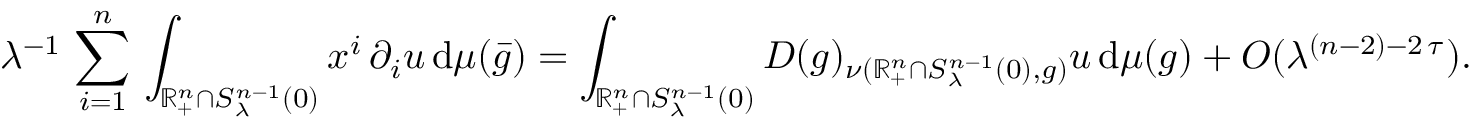
\lambda ^ { - 1 } \, \sum _ { i = 1 } ^ { n } \, \int _ { \mathbb { R } _ { + } ^ { n } \cap S _ { \lambda } ^ { n - 1 } ( 0 ) } x ^ { i } \, \partial _ { i } u \, \mathrm { d } \mu ( \bar { g } ) = \int _ { \mathbb { R } _ { + } ^ { n } \cap S _ { \lambda } ^ { n - 1 } ( 0 ) } D ( g ) _ { \nu ( \mathbb { R } _ { + } ^ { n } \cap S _ { \lambda } ^ { n - 1 } ( 0 ) , g ) } u \, \mathrm { d } \mu ( g ) + O ( \lambda ^ { ( n - 2 ) - 2 \, \tau } ) .